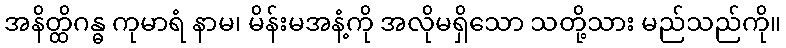
အနိတ္ထိဂန္ဓ ကုမာရံ နာမ၊ မိန်းမအနံ့ကို အလိုမရှိသော သတို့သား မည်သည်ကို။